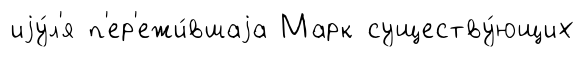
иjу́л'я п'ер'ежи́вшаjа Марк существу́ющих